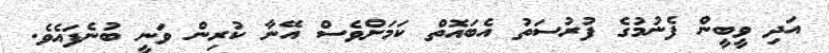
އަދި ވީބީން ފެނުމުގެ ފުރުސަތު އެބައޮތް ކަމަށްވެސް އޭނާ ކުރިން ވަނީ ބުނެފައެވެ.